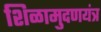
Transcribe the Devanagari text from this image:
शिळामुदणयंत्र